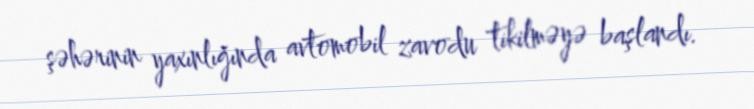
şəhərinin yaxınlığında avtomobil zavodu tikilməyə başlandı.